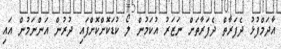
އާދަމްފުޅު ދެފަރާތް ދެފަރާތަށް ނަޒަރު އުކަމުން ލޯ ކުޑަކޮށްކޮށްފައި ދުރުން އަންނަމުން އައި